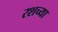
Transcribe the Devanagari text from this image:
रशच्या